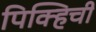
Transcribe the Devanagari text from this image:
पिक्हिची